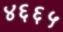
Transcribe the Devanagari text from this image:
४६६५